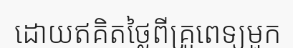
ដោយឥគិតថ្លៃពីគ្រូពេទ្យមួក